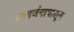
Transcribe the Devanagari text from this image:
उत्सर्जनापासून